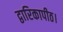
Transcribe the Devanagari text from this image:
द्वारिकापीठ।